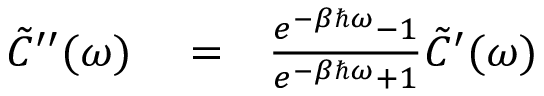
\begin{array} { r l r } { \tilde { C } ^ { \prime \prime } ( \omega ) } & { { } = } & { \frac { e ^ { - \beta \hbar \omega } - 1 } { e ^ { - \beta \hbar \omega } + 1 } \tilde { C } ^ { \prime } ( \omega ) } \end{array}